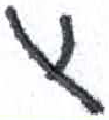
אות: ץ